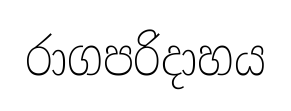
රාගපරිදාහය